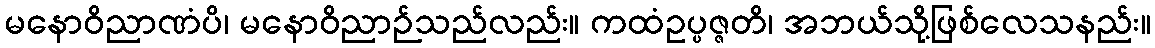
မနောဝိညာဏံပိ၊ မနောဝိညာဉ်သည်လည်း။ ကထံဥပ္ပဇ္ဇတိ၊ အဘယ်သို့ဖြစ်လေသနည်း။